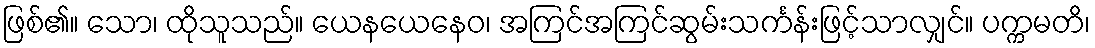
ဖြစ်၏။ သော၊ ထိုသူသည်။ ယေနယေနေဝ၊ အကြင်အကြင်ဆွမ်းသင်္ကန်းဖြင့်သာလျှင်။ ပက္ကမတိ၊